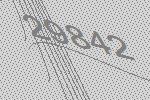
29842